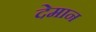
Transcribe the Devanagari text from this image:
देमान